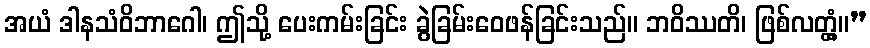
အယံ ဒါနသံဝိဘာဂေါ၊ ဤသို့ ပေးကမ်းခြင်း ခွဲခြမ်းဝေဖန်ခြင်းသည်။ ဘဝိဿတိ၊ ဖြစ်လတ္တံ့။”